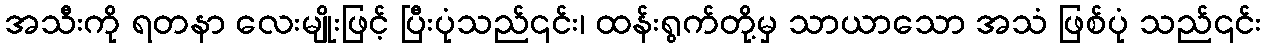
အသီးကို ရတနာ လေးမျိုးဖြင့် ပြီးပုံသည်၎င်း၊ ထန်းရွက်တို့မှ သာယာသော အသံ ဖြစ်ပုံ သည်၎င်း